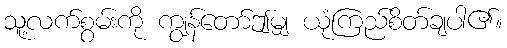
သူ့လက်စွမ်းကို ကျွန်တော်ဤမျှ ယုံကြည်စိတ်ချပါ၏။